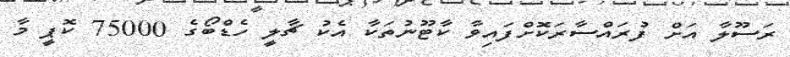
ރަސޫލާ އަށް ފުރައްސާރަކޮށްފައިވާ ކާޓޫނުތަކާ އެކު ޗާލީ ހެޑްބޯގެ 75000 ކޮޕީ މާ